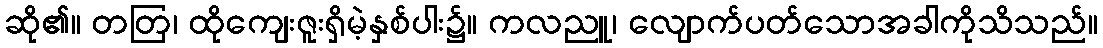
ဆို၏။ တတြ၊ ထိုကျေးဇူးရှိမဲ့နှစ်ပါး၌။ ကလညူ၊ လျောက်ပတ်သောအခါကိုသိသည်။